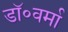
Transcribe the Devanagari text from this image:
डॉ॰वर्मा